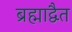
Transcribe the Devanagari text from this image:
ब्रह्माद्वैत